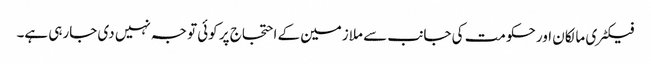
فیکٹری مالکان اور حکومت کی جانب سے ملازمین کے احتجاج پر کوئی توجہ نہیں دی جارہی ہے۔